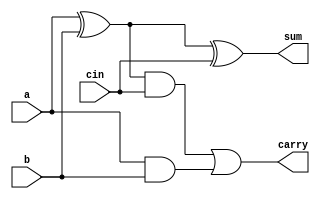
module full_adder_struct(a,b,cin,sum,carry);
input a,b,cin;
output sum,carry;
wire n1,n2,n3;
xor g1(n1,a,b);
xor g2(sum,n1,cin);
and g3(n2,n1,cin);
and g4(n3,a,b);
or g5(carry,n2,n3);
endmodule